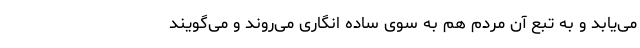
می‌یابد و به تبع آن مردم هم به سوی ساده انگاری می‌روند و می‌گویند